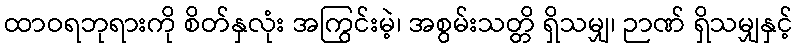
ထာဝရဘုရားကို စိတ်နှလုံး အကြွင်းမဲ့၊ အစွမ်းသတ္တိ ရှိသမျှ၊ ဉာဏ် ရှိသမျှနှင့်